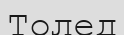
Толед